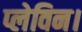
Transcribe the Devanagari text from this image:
प्लेविन।